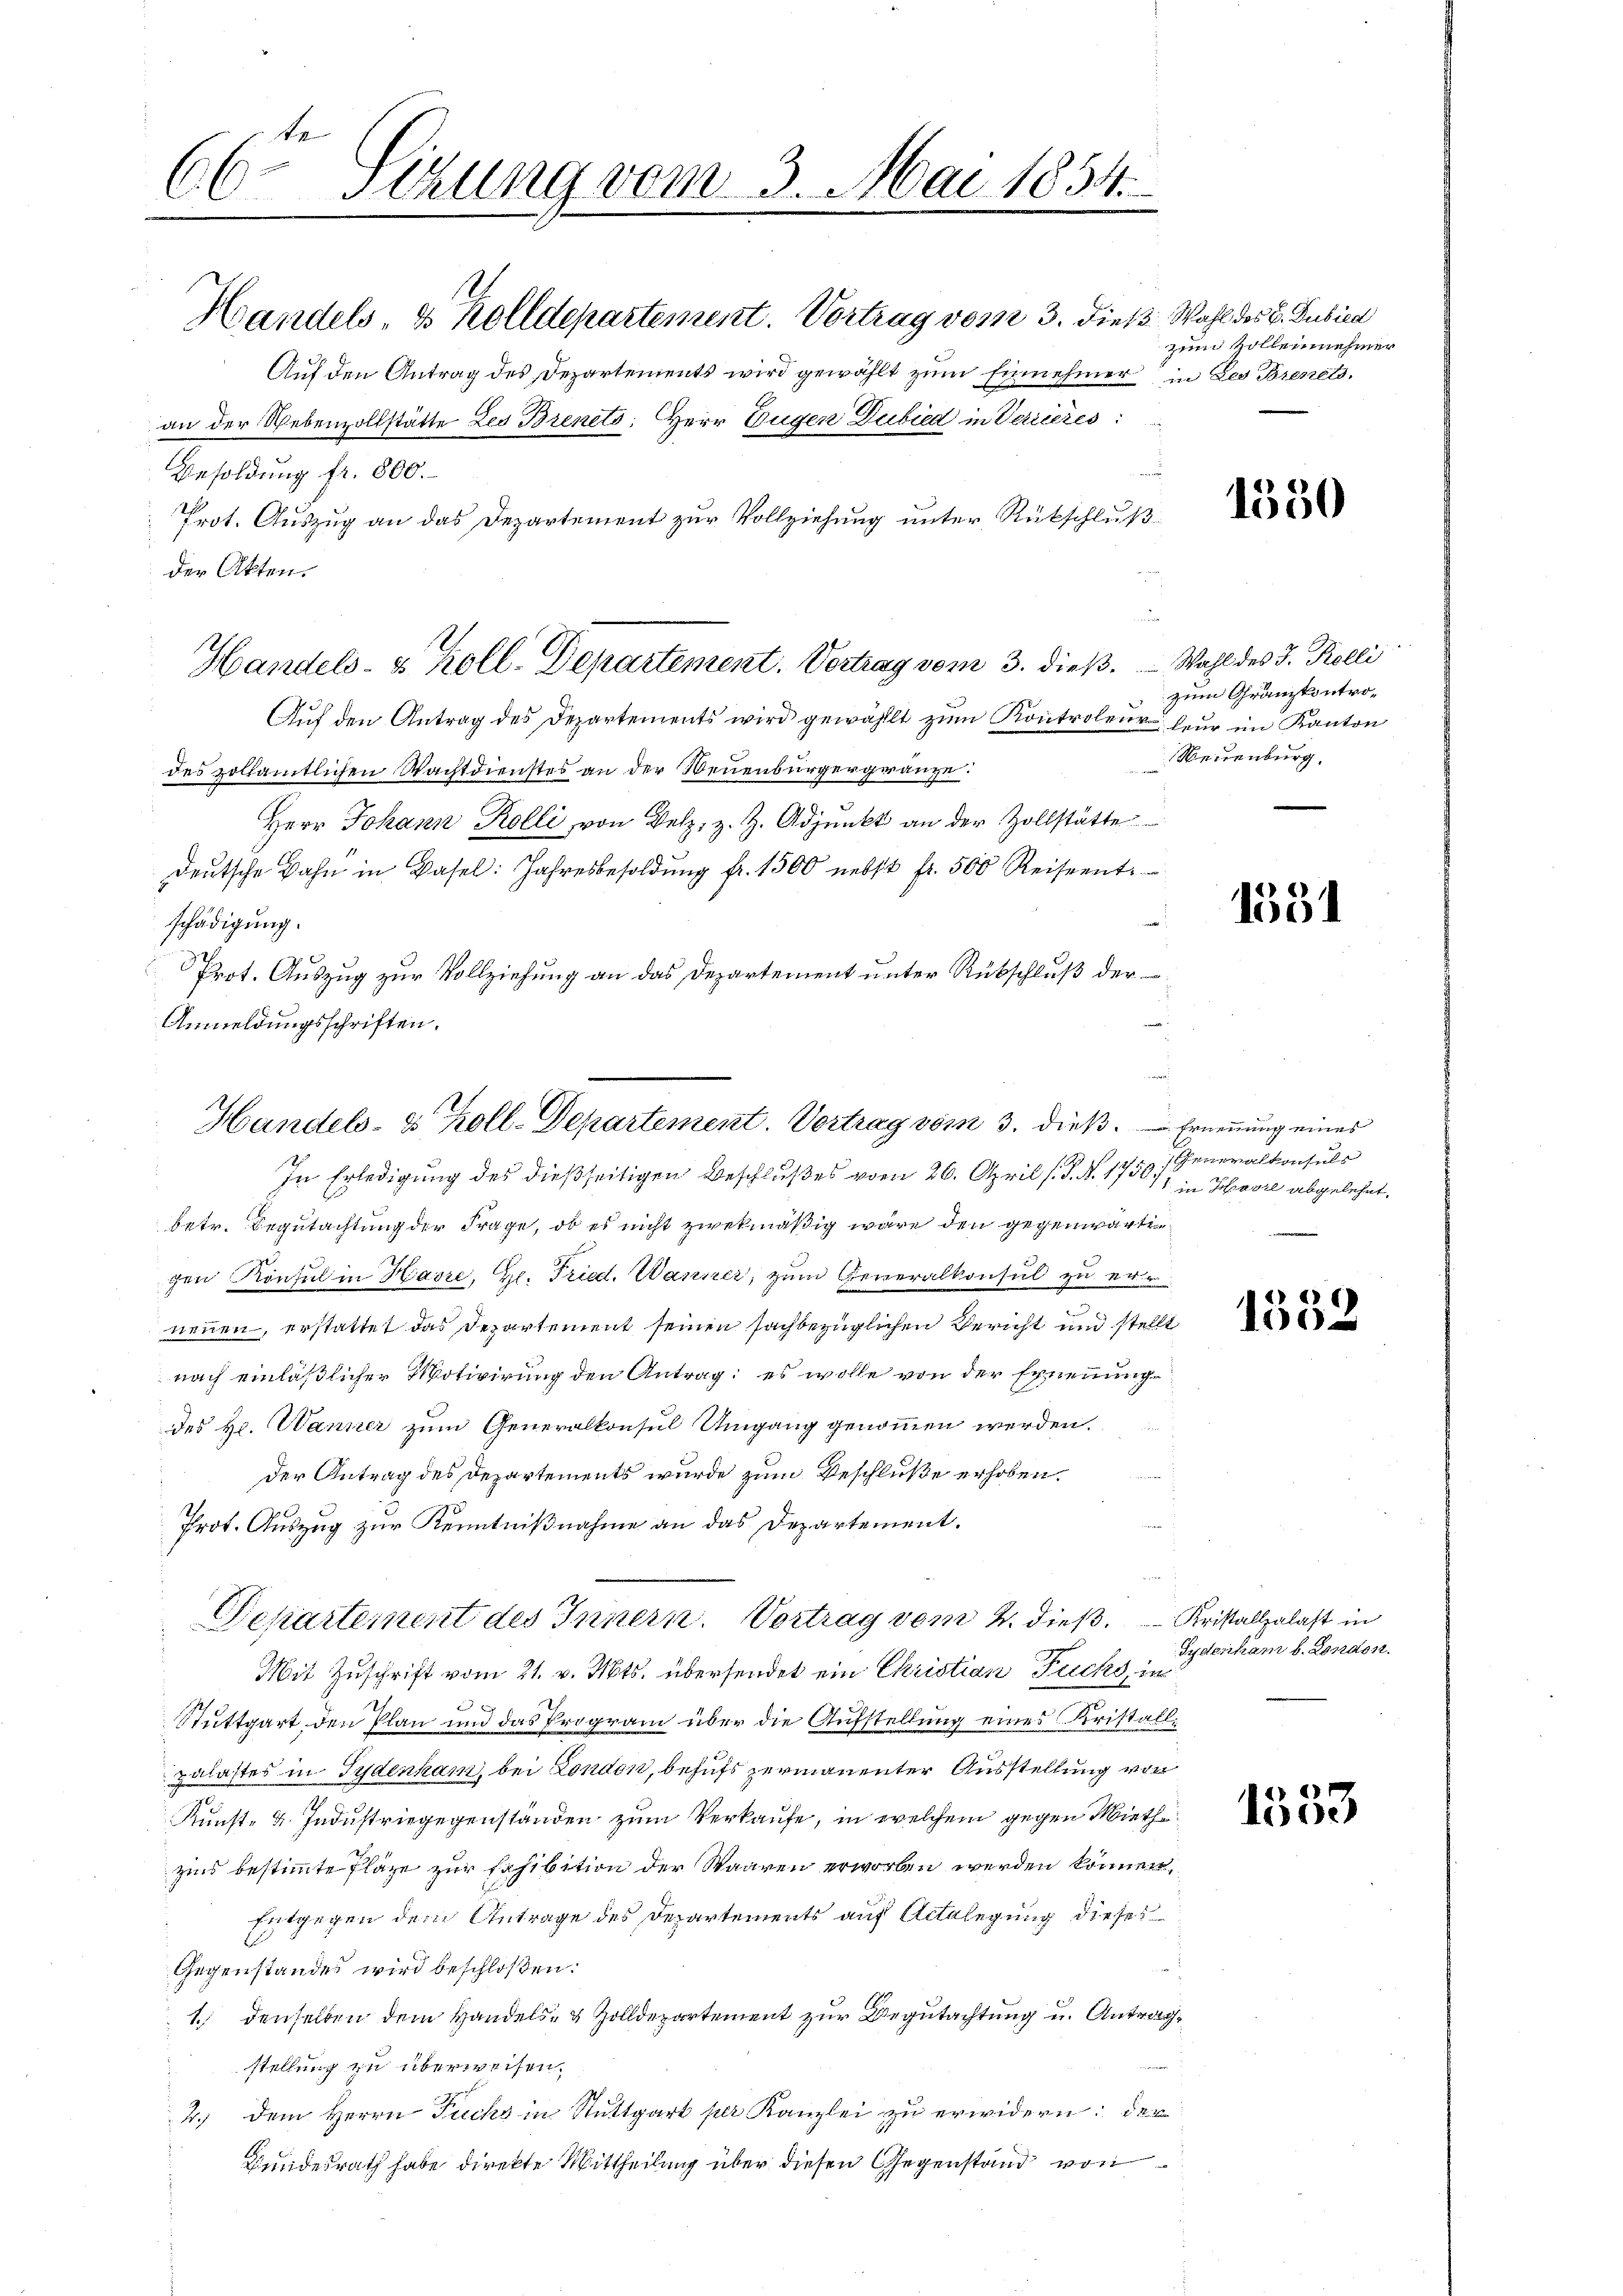
66 Sizung vom 3. Mai 1834.

Handels, 8 Zolldepartement. Vortrag von 3. dieß. Wahl des C. Dubica
Auf den Antrag des Departements wird gewählt zum Einnehmer in des Bienet.
an der Nebenzollstätte Les Brents: Herr Eugen Dubied in Verrieres
Besoldung fr. 800.
Prot. Auszug an das Departement zur Vollziehung unter Rückschluß
der Akten.
Aŭf den Antrag des Departements wird gewählt zŭm Kontrolen leur im Kanton
des vollamtlichen Wachtdienstes an der Neuenburgergränze:
Herr Johann Kolli von Velz, z. Z. Adjunkt an der Zollstätte
deŭtsche Bahn in Basel: Jahresbesoldŭng fr. 1500 nebst fr. 500 Reiseent.
schädigung.
Prot. Auszug zur Vollziehung an das Departement unter Rübschluß der
Anmeldungsschriften.
betr. Begutachtung der Frage, ob es nicht zwekmäßig wäre den gegenwärtigen Konsul in Havre, Hr. Fried. Warner, zum Generalkonsul zu erneuen, erstattet das Departement seinen sachbezüglichen Bericht und stellt
nach einläßlicher Motivirung den Antrag: es wolle von der Ernennung
ddes Hr. Wanner zum Generalkonsul Umgang genommen werden.
s
der Antrag des Departements wurde zum Beschluße erhoben.
Prot. Auszug zur Kenntnißnahme an das Departement.
Departement des Innern. Vortrag vom 4. dieß Kristallalast in
Mit Zuschrift vom 21. v. Mts. übersendet ein Christian Fuchs, in
x
Stuttgart, den Plan und das Program über die Aufstellung eines Kristall¬
Zulastes in Tydenkam, bei London, behufs zermanenter Ausstellung von
Kunst- u. Industriegegenständen zum Verkaufe, in welchem gegen Miethe
zins bestimmte Fläge zur Exhibition der Waaren erworben werden können,
Entgegen dem Antrage des Departements auf Actelegung dieses
Gegenstandes wird beschloßen:
1. denselben dem Handels- & Zolldepartement zur Begutachtung u. Antragstellung zu überweisen.
2.) Dem Herrn Fuchs in Stuttgart per Kanzlei zu erwidern: der
Bundesrath habe direkte Mittheilung über diesen Gegenstand von

Handels- & Koll-Departement. Vortrag vom 3. dieß.

Handels- & Koll-Departement. Vortrag vom 3. dieß. Ernennung eines
In Erledigung des dießseitigen Beschlußes vom 26. April (S. N. 1750,

zum sollennehmer

1330

.
Wahl des J. Kolli
zum Granzkontro¬
Neuenburg.

1531

Generalkonsuls
1 in Havre abgelehnt,

186
100

Sydenham u. London.

1553